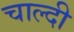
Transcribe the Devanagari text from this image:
चाल्दी